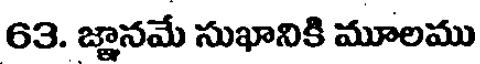
63. జ్ఞానమే సుఖానికి మూలము